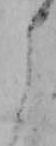
よ